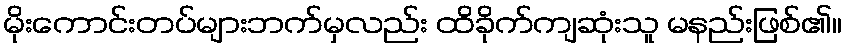
မိုးကောင်းတပ်များဘက်မှလည်း ထိခိုက်ကျဆုံးသူ မနည်းဖြစ်၏။